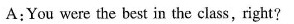
A:You were the best in the class,right?